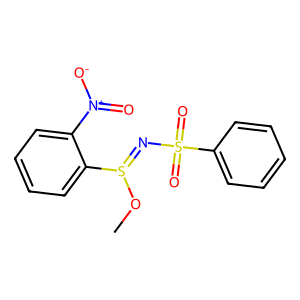
SMILES: COS(=NS(=O)(=O)c1ccccc1)c1ccccc1[N+](=O)[O-]
Inhibits HIV replication: No